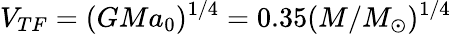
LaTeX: V_{TF}=(GMa_{0})^{1/4}=0.35(M/M_{\odot})^{1/4}